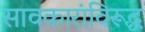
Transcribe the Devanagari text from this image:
सावकारांविरूद्ध